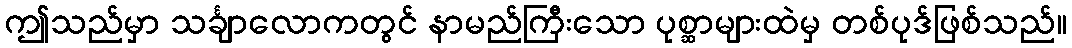
ဤသည်မှာ သင်္ချာလောကတွင် နာမည်ကြီးသော ပုစ္ဆာများထဲမှ တစ်ပုဒ်ဖြစ်သည်။